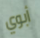
أبوي